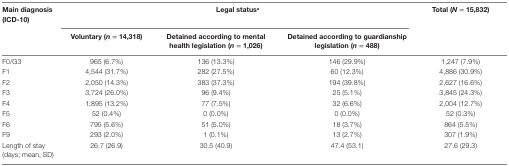
<table><thead><tr><td><b>Main diagnosis (ICD-10)</b></td><td colspan="3"><b>Legal status<sup>a</sup></b></td><td><b>Total (<i>N</i> = 15,832)</b></td></tr><tr><td></td><td><b>Voluntary (<i>n</i> = 14,318)</b></td><td><b>Detained according to mental health legislation (<i>n</i> = 1,026)</b></td><td><b>Detained according to guardianship legislation (<i>n</i> = 488)</b></td><td></td></tr></thead><tbody><tr><td>F0/G3</td><td>965 (6.7%)</td><td>136 (13.3%)</td><td>146 (29.9%)</td><td>1,247 (7.9%)</td></tr><tr><td>F1</td><td>4,544 (31.7%)</td><td>282 (27.5%)</td><td>60 (12.3%)</td><td>4,886 (30.9%)</td></tr><tr><td>F2</td><td>2,050 (14.3%)</td><td>383 (37.3%)</td><td>194 (39.8%)</td><td>2,627 (16.6%)</td></tr><tr><td>F3</td><td>3,724 (26.0%)</td><td>96 (9.4%)</td><td>25 (5.1%)</td><td>3,845 (24.3%)</td></tr><tr><td>F4</td><td>1,895 (13.2%)</td><td>77 (7.5%)</td><td>32 (6.6%)</td><td>2,004 (12.7%)</td></tr><tr><td>F5</td><td>52 (0.4%)</td><td>0 (0.0%)</td><td>0 (0.0%)</td><td>52 (0.3%)</td></tr><tr><td>F6</td><td>795 (5.6%)</td><td>51 (5.0%)</td><td>18 (3.7%)</td><td>864 (5.5%)</td></tr><tr><td>F9</td><td>293 (2.0%)</td><td>1 (0.1%)</td><td>13 (2.7%)</td><td>307 (1.9%)</td></tr><tr><td>Length of stay (days; mean, SD)</td><td>26.7 (26.9)</td><td>30.5 (40.9)</td><td>47.4 (53.1)</td><td>27.6 (29.3)</td></tr></tbody></table>